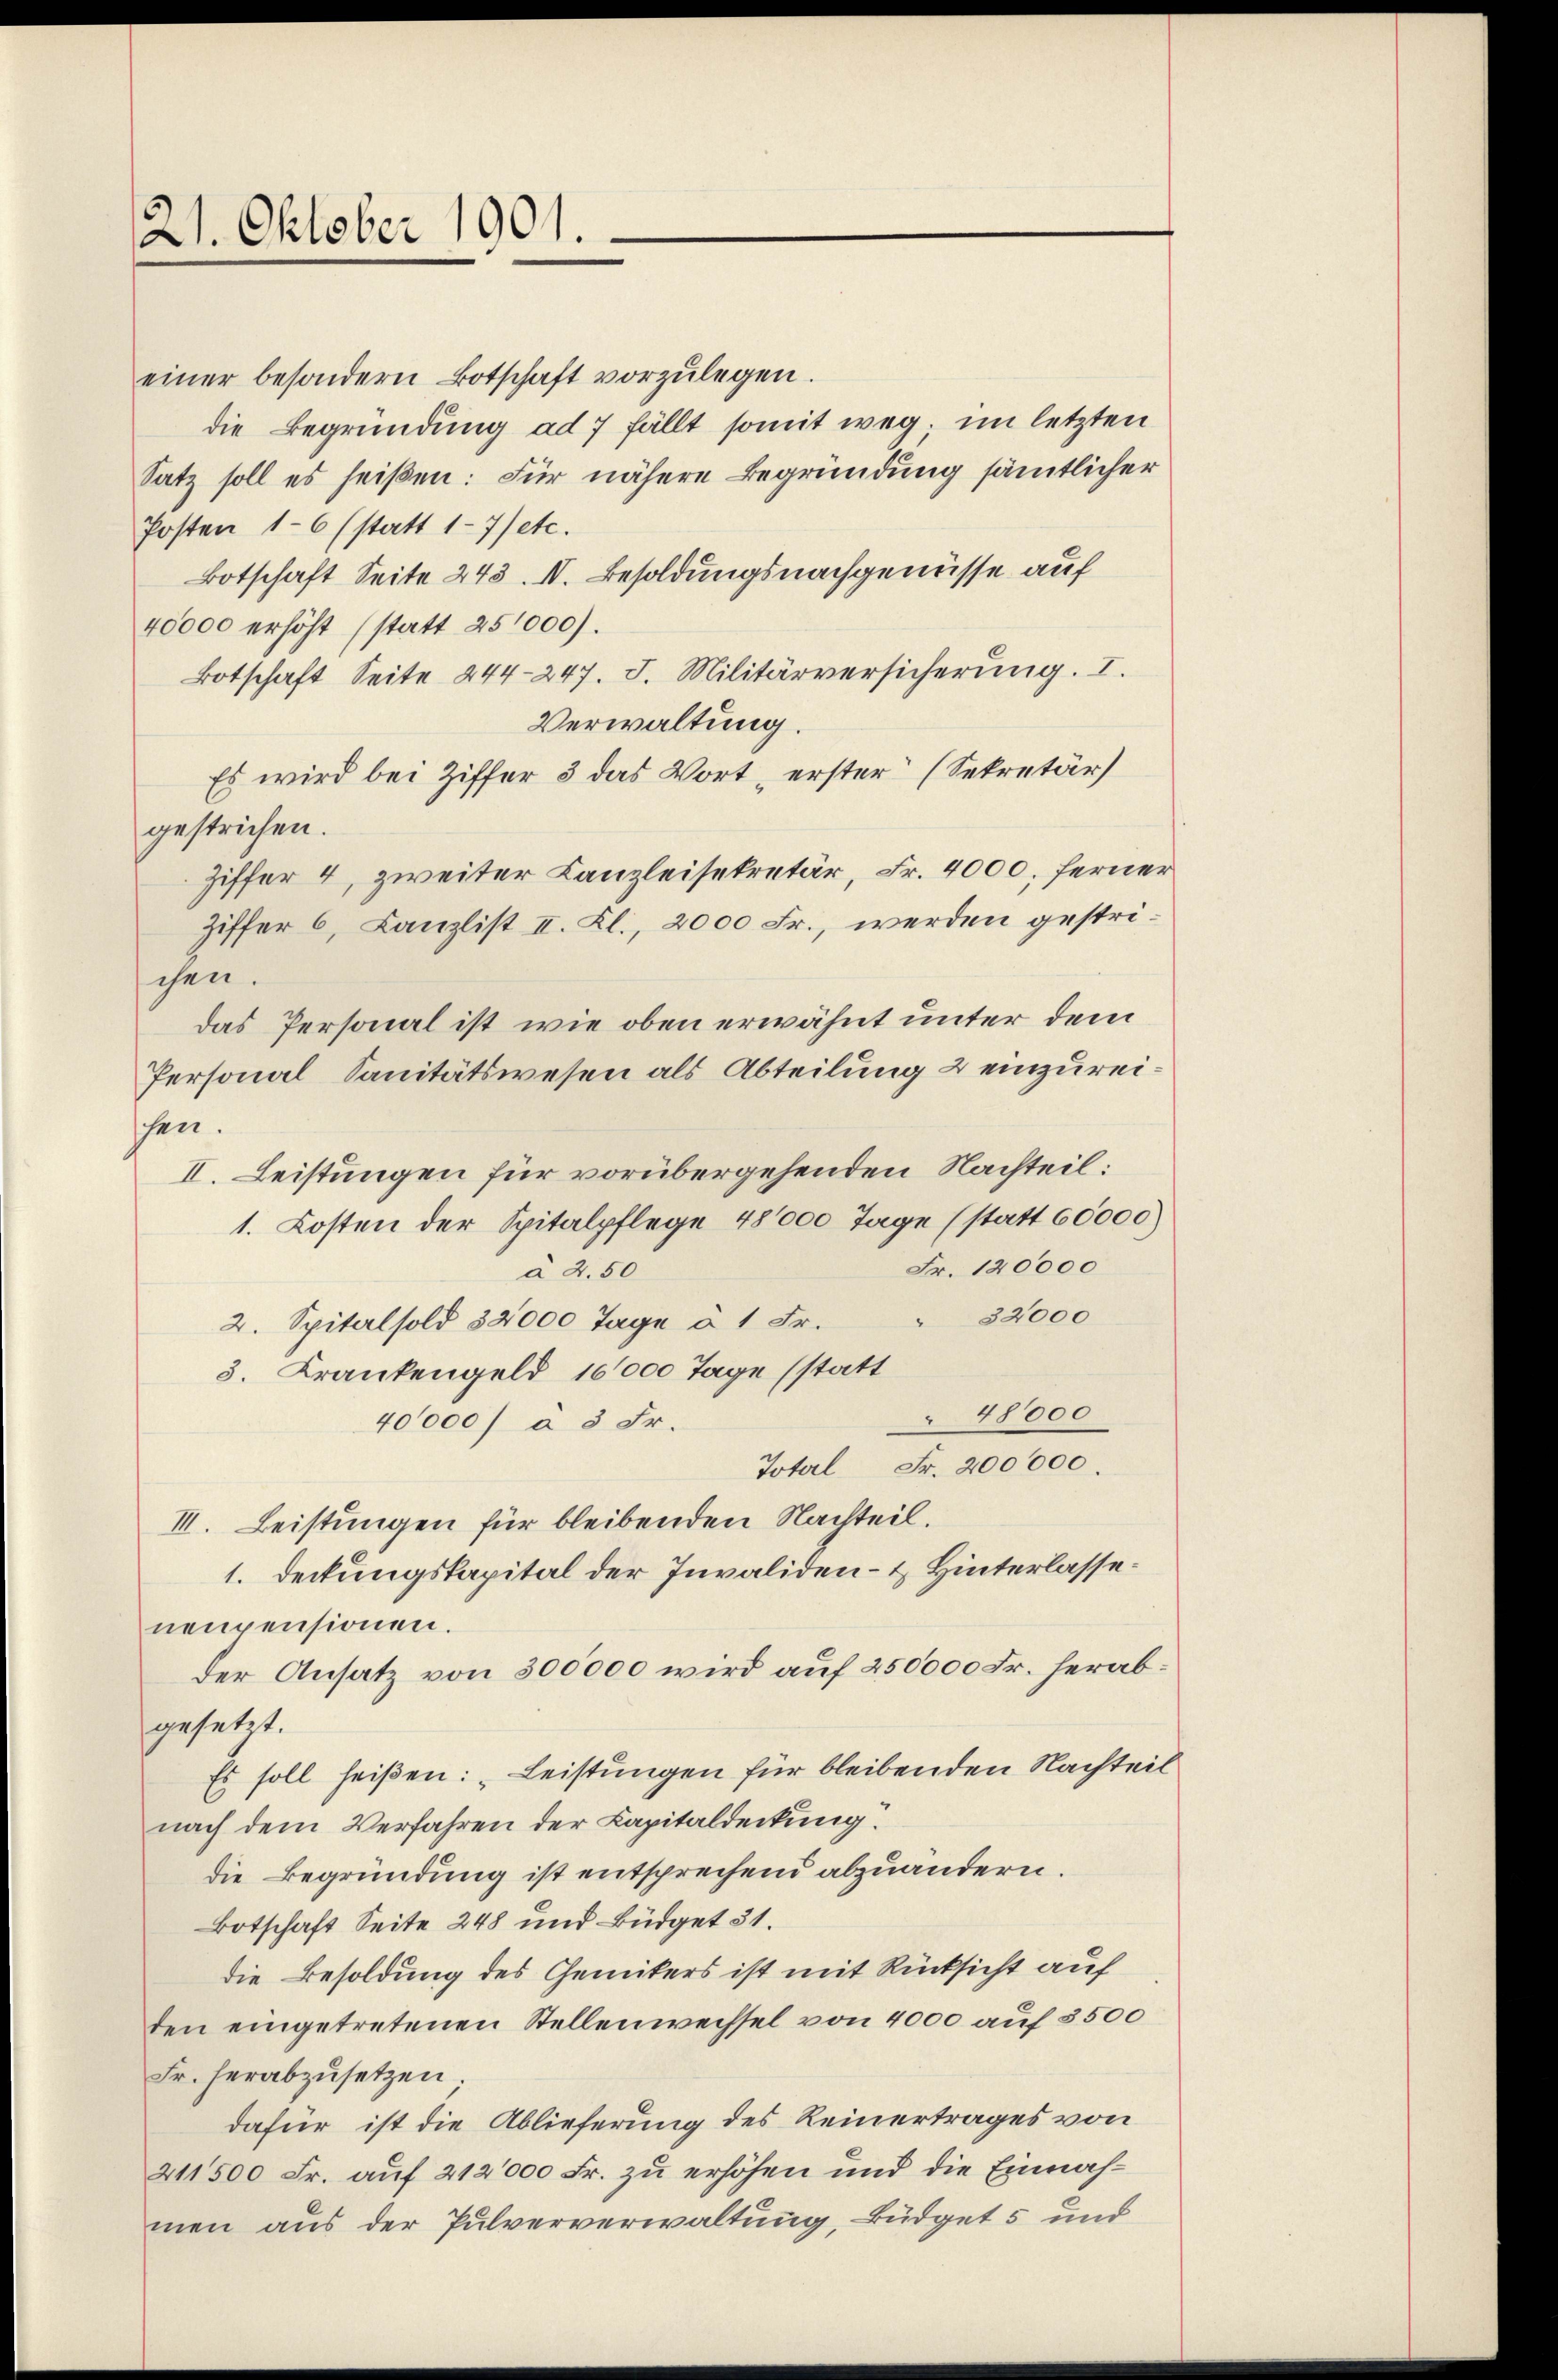
21. Oktober 1901.

einer besondern Botschaft vorzŭlegen.
die Begründung ad 7 fällt somit weg; im letzten
Satz soll es heißen: Für nähere Begründung sämmtlicher
Posten 16 (statt 17 etc.
Botschaft Seite 243. IV. Besoldungsnachgenüsse auf
40000 erhöht (statt 25,000).
Botschaft Seite 244-247. I. Militärversicherŭng. I.
Verwaltung.
Es wird bei Ziffer 3 das Wort erster (Sekretär
gestrichen.
Ziffer 4, zweiter Kanzleisekretär, Fr. 4000. ferne
Ziffer 6, Canzlist II. Kl., 2000 Fr., werden gestrichen.
Das Personal ist, wie oben erwähnt unter dem
Personal Sanitätswesen als Abteilung 2 einzureischen.
II. Leistungen für vorübergehenden Nachteil:
1. Kosten der Spitalpflege 48000 Tage (statt 60000
Fr. 120000
à 2.50
32000
2. Spital sold 32000 Tage à 1 Fr.
3. Krankengeld 16000 Tage (statt
48000
40000 à 5 Fr.
Total Fr. 200000.
II. Leistungen für bleibenden Nachteil.
1. Deckungskapital der Invaliden- & Hinterlassenenpensionen.
der Ansatz von 300000 wird auf 250000 Fr. herab
gesetzt.
Es soll heißen: „Leistungen für bleibenden Nachtei
nach dem Verfahren der Capitaldeckung.
die Begründung ist entsprechend abzuändern.
Botschaft Seite 248 und Büdget 51.
die Besoldung des Gemikers ist mit Rücksicht auf
den eingetretenen Stellenwechsel von 4000 auf 3500
Fr. herabzusetzen
dafür ist die Ablieferung des Reinertrages von
211500 Fr. auf 212000 Fr. zu erhöhen und die Einnahmen aus der Pulververwaltung, Büdget 5 und

r